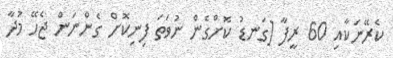
ކެރޭނަކާއި 60 ރީފާ [ގަނޑު ކޮށްގެން ނުވަތަ ފިނިކޮށް ގެންނަން ޖެހޭ މުދާ